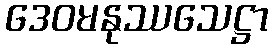
ဒေဝမနုဿသေဋ္ဌာ